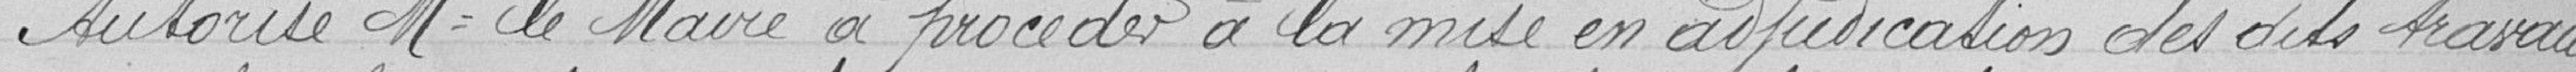
Autorise Monsieur le Maire à procéder à la mise en adjudication des dits travaux